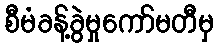
စီမံခန့်ခွဲမှုကော်မတီမှ